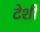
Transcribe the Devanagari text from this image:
टेशी